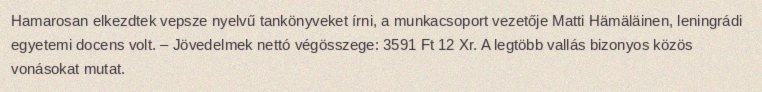
Hamarosan elkezdtek vepsze nyelvű tankönyveket írni, a munkacsoport vezetője Matti Hämäläinen, leningrádi egyetemi docens volt. – Jövedelmek nettó végösszege: 3591 Ft 12 Xr. A legtöbb vallás bizonyos közös vonásokat mutat.